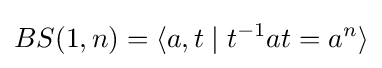
BS(1,n)=\langle a,t\mid t^{-1}at=a^{n}\rangle